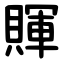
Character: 賱